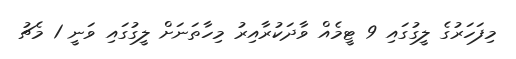
މިފަހަރުގެ ލީގުގައި 9 ޓީމެއް ވާދަކުރާއިރު މިހާތަނަށް ލީގުގައި ވަނީ 1 މެޗު